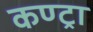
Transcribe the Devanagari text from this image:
कण्ट्रा